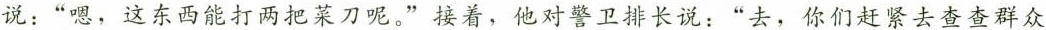
说：”嗯，这东西能打两把菜刀呢。”接着，他对警卫排长说：”去，你们赶紧去查查群众